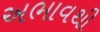
અભાવથી